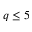
q \leq 5